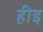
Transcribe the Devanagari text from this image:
हीइ